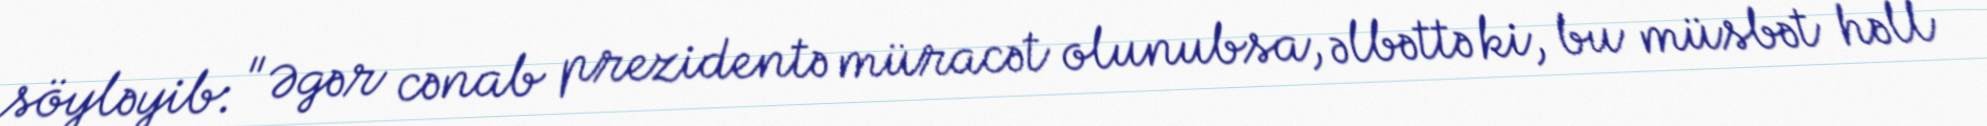
söyləyib: "Əgər cənab prezidentə müracət olunubsa, əlbəttə ki, bu müsbət həll